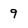
Character: 9